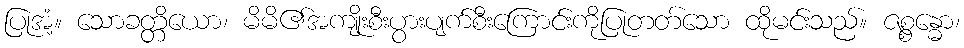
ပြုအံ့။ သောခတ္တိယော၊ မိမိ၏အကျိုးစီးပွားပျက်စီးကြောင်းကိုပြုတတ်သော ထိုမင်းသည်။ ဇစ္စန္ဓော၊